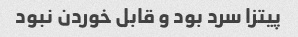
پیتزا سرد بود و قابل خوردن نبود